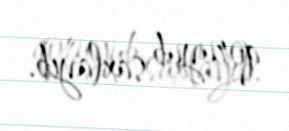
qoruyub saxlayıb.